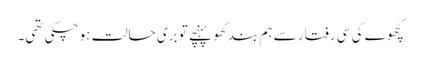
کچھوے کی سی رفتار سے ہم بند کھو پہنچے تو بری حالت ہو چکی تھی۔